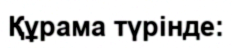
Құрама түрінде: